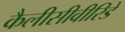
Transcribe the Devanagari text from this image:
कैलीसीवीरिडे